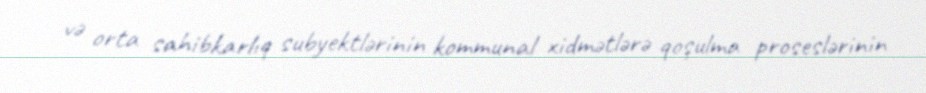
və orta sahibkarlıq subyektlərinin kommunal xidmətlərə qoşulma proseslərinin